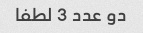
دو عدد 3 لطفا